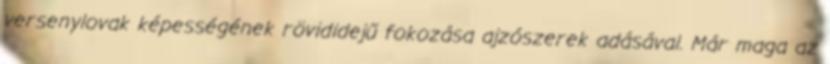
versenylovak képességének rövididejű fokozása ajzószerek adásával. Már maga az